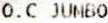
O.C JUMBO